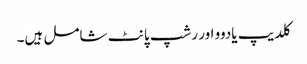
کلدیپ یادوو اور رشپ پانٹ شامل ہیں۔